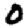
Digit: 0